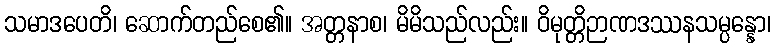
သမာဒပေတိ၊ ဆောက်တည်စေ၏။ အတ္တနာစ၊ မိမိသည်လည်း။ ဝိမုတ္တိဉာဏဒဿနသမ္ပန္နော၊